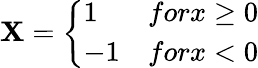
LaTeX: \mathbf{X}=\left\{ \begin{array}{ll}{1}&{forx\ge 0}\\ {-1}&{forx<0}\end{array}\right.